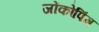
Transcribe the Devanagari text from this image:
जोंकोपिंग